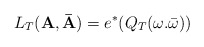
\begin{align*}L_{T}({\bf A},{\bf \bar{A}})=e^{*}(Q_{T}(\omega .\bar{\omega}))\end{align*}